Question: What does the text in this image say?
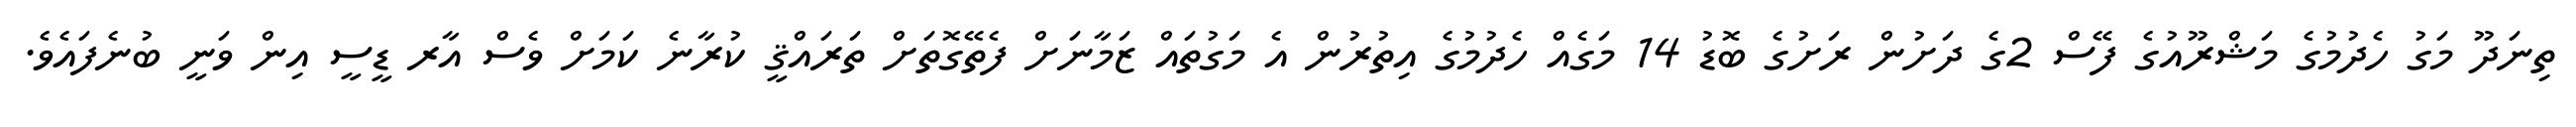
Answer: ތިނަދޫ މަގު ހެދުމުގެ މަޝްރޫއުގެ ފޭސް 2ގެ ދަށުން ރަށުގެ ބޮޑު 14 މަގެއް ހެދުމުގެ އިތުރުން އެ މަގުތައް ޒަމާނަށް ފެތޭގޮތަށް ތަރައްޤީ ކުރާނެ ކަމަށް ވެސް އާރ ޑީސީ އިން ވަނީ ބުނެފައެވެ.